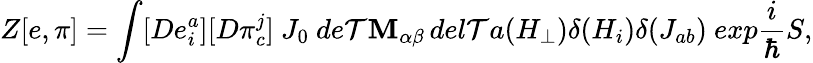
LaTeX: Z[e,\pi]=\int[De_{i}^{a}][D\pi_{c}^{j}]\ J_{0}\ de\mathcal{T}\mathbf{M}_{\alpha\beta}\, del\mathcal{T}a(H_{\perp})\delta(H_{i})\delta(J_{ab})\ exp\frac{{i}}{{\hbar}}S,